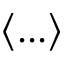
\left\langle . . . \right\rangle